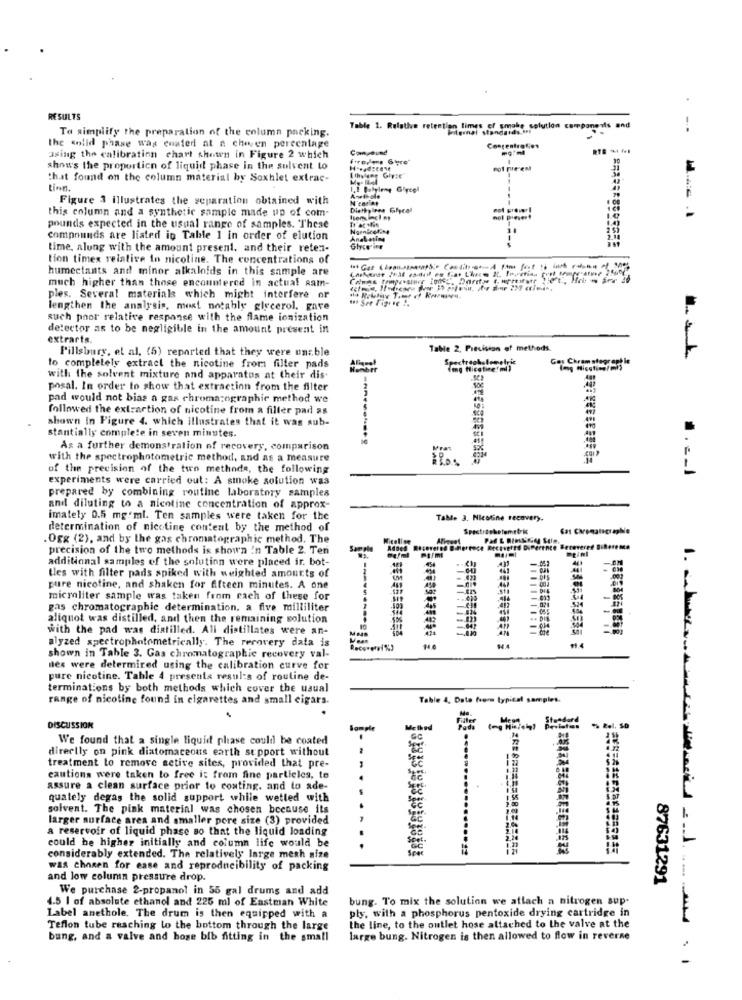
RESULTS
To simplify the preparation of the column packing.
Table 1. Relative retention times of smoke solution components and
Concentration
the solid phase Was coated at a chosen percentage
Compound
using the calibration chart shown in Figure 2 which
10
show's the proportion of liquid phase in the solvent to
that found on the column material by Soxhlet extrac-
tinn.
Figure 3 illustrates the separation obtained with
this column and a synthetic sample made up of com-
Diethylres Glycol
Tr'ar sten
pounds expected in the usual range of samples. These
compounds are listed in Table 1 in order of elution
Analatins
time, along with the amount present, and their reten-
Glycerine
tion times relative In nicotine. The concentrations of
humectants and minor alkaloids in this sample are
much higher than those encountered in actual sam-
ples. Several materials which might interfere or
lengthen the analysis, most notably glycerol. gave
such phor relative response with the flame ionization
detector as to be negligible in the amount present in
extrarts.
Pillsbury, et al. (5) reported that they were unable
Table 2. Precision of methods.
to completely extract the nicotine from filter pads
Gas Chromatoorent le
with the solvent mixture and apparatus at their dis-
posal. In order to show that extraction from the filter
pad would not bias a gas chromatographie method we
followed the extrartion of nicotine from a filler pad as
shown In Figure 4. which illustrates that it was sub-
stantially complete in seven minutes.
As a further demonstration of recovery, comparison
with the spectrophotometric method, and as a measure
of the precision of the two methods, the following
experiments were carried out: A smoke solution was
prepared by combining routine laboratory samples
and diluting to a nicotine concentration of approx-
imately 0.5 mg.ml. Ten samples were taken for the
TaMe 3. Nicotine recovery.
determination of nicoline content by the method of
Cas Cavematographie
.Ogg (2), and by the gas chromatographic method. The
precision of the two methods is shown In Table 2. Ten
Sample
AGDen Recovered Billerence Recovered Diference Berevered Biberence
PASMI
additional samples of the solution were placed ir. bot-
ties with filter pads spiked with weighted amounts of
pure nicotine, and shaken for fifteen minutes. A one
microliter sample was taken from each of these for
-
gas chromatographic determination, a five milliliter
aliquot was distilled, and then the remaining solution
with the pad was distilled. All distillates were an-
alyzed spectrophotometrically. The recovery data is
shown in Table 3. Gas chromatographie recovery val-
lles were determined using the calibration curve for
pure nicotine. Tahle 4 presents results of routine de-
terminations by both methods which cover the usual
range of nicotine found in cigarettes and small cigars.
Table 4. Date fromm typical samples.
DISCUSSION
Sample
We found that a single liquid phase could be coated
directly on pink diatomaceous earth support without
--
treatment to remove setive sites, provided that pre-
cautions were taken to free i: from fine particles, to
assure a clean surface prior to coating. and to ade-
qualely degas the solid support while wetled with
solvent. The pink material was chosen beenuse its
larger surface area and smaller pore size (3) provided
a reservoir of liquid phase so that the liquid loading
could be higher initially and column life would be
considerably extended. The relatively large mesh size
TITTI
was chosen for ease and reproducibility of packing
and low column pressure drop.
87631291
We purchase 2-propanol in 55 gal drums and add
4.5 | of absolute ethanol and 225 ml of Eastman White
bung. To mix the solution we atlach a nitrogen sup.
ply, with a phosphorus pentoxide drying cartridge in
Label anethole. The drum is then equipped with a
Teflon tube reaching to the bottom through the large
the line, to the outlet hose attached to the valve at the
bung, and a valve and hose bib fitting in the small
large bung. Nitrogen is then allowed to flow in reverse